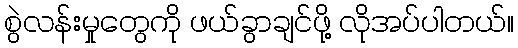
စွဲလန်းမှုတွေကို ဖယ်ခွာချင်ဖို့ လိုအပ်ပါတယ်။